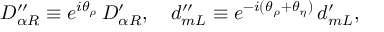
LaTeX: D _ { \alpha R } ^ { \prime \prime } \equiv e ^ { i \theta _ { \rho } } \, D _ { \alpha R } ^ { \prime } , \quad d _ { m L } ^ { \prime \prime } \equiv e ^ { - i ( \theta _ { \rho } + \theta _ { \eta } ) } \, d _ { m L } ^ { \prime } ,